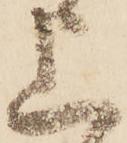
上